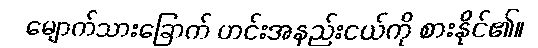
မျောက်သားခြောက် ဟင်းအနည်းငယ်ကို စားနိုင်၏။